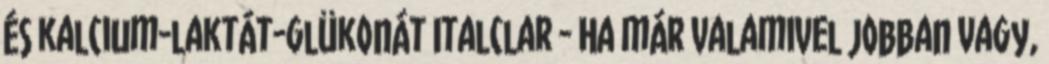
és kalcium-laktát-glükonát Italclar - Ha már valamivel jobban vagy,